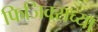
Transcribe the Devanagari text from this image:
फिजिक्सच्या